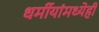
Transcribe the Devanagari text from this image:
धर्मीयांमध्येही